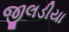
જીલડીયા